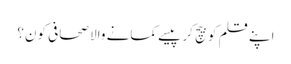
اپنے قلم کو بیچ کر پیسے کمانے والا صحافی کون؟